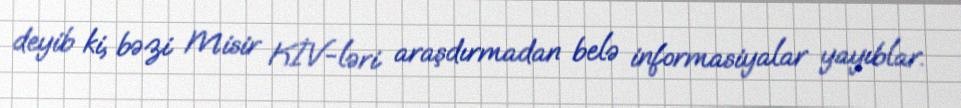
deyib ki, bəzi Misir KİV-ləri araşdırmadan belə informasiyalar yayıblar.